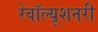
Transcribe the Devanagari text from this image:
रेवॉल्यूशनरी